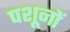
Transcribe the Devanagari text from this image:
पशूनों